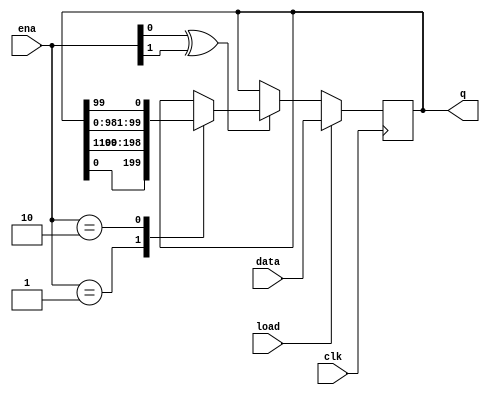
module top_module(
    input clk,
    input load,
    input [1:0] ena,
    input [99:0] data,
    output reg [99:0] q); 

    always @(posedge clk) begin
        if(load == 1) begin
            q = data;
        end
        else begin
            if(ena[0]^ena[1]) begin
                case (ena)
                    /*right*/
                    2'b01: begin
                        q <= {q[0], q[99:1]};
                    end
                    /*left*/
                    2'b10: begin
                        q <= {q[98:0], q[99]};
                    end
                endcase
            end
        end
    end
    
endmodule